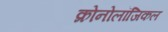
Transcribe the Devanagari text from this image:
क्रोनोलॉजिकल